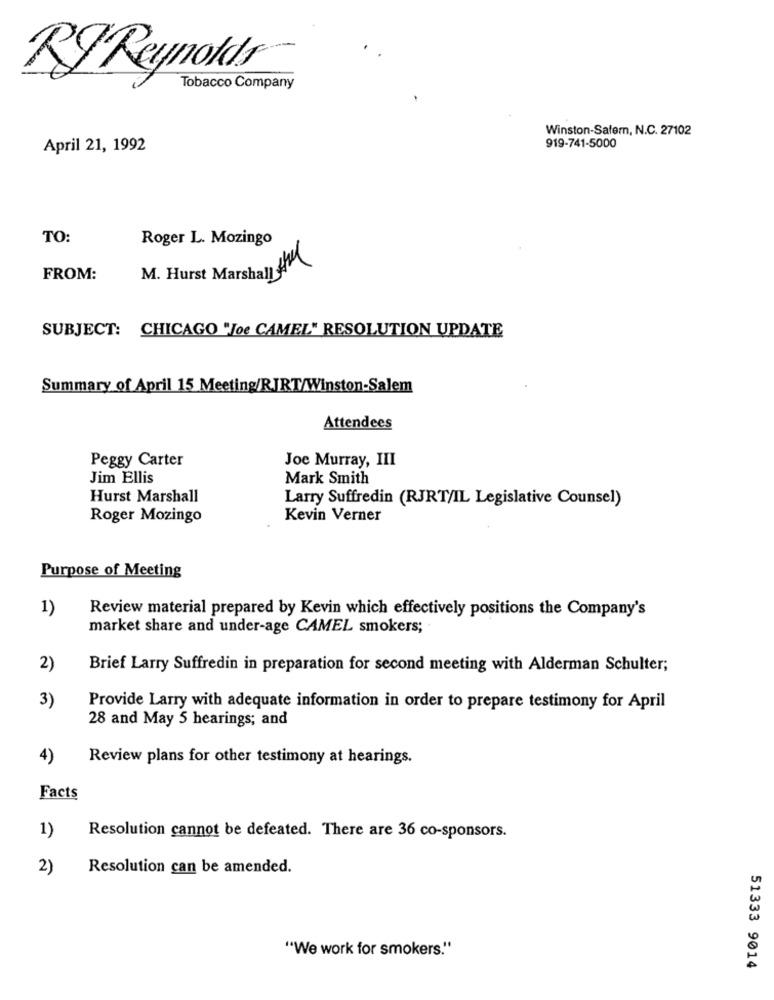
RI Reynolds
Tobacco Company
Winston-Safern, N.C. 27102
April 21, 1992
919-741-5000
TO:
Roger L. Mozingo
M. Hurst Marshall ft
FROM:
SUBJECT: CHICAGO "Joe CAMEL" RESOLUTION UPDATE
Summary of April 15 Meeting/RJRT/Winston-Salem
Attendees
Peggy Carter
Joe Murray, III
Jim Ellis
Mark Smith
Hurst Marshall
Larry Suffredin (RJRT/IL Legislative Counsel)
Roger Mozingo
Kevin Verner
Purpose of Meeting
1)
Review material prepared by Kevin which effectively positions the Company's
market share and under-age CAMEL smokers;
2)
Brief Larry Suffredin in preparation for second meeting with Alderman Schulter;
3)
Provide Larry with adequate information in order to prepare testimony for April
28 and May 5 hearings; and
4)
Review plans for other testimony at hearings.
Facts
1)
Resolution cannot be defeated. There are 36 co-sponsors.
2)
Resolution can be amended.
"We work for smokers."
51333 9014